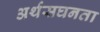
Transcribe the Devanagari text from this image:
अर्थसघनता